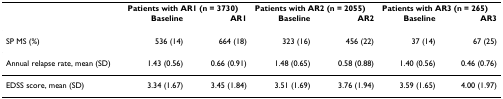
|  | <COLSPAN=2> Patients with AR1 (n = 3730) | <COLSPAN=2> Patients with AR2 (n = 2055) | <COLSPAN=2> Patients with AR3 (n = 265) |
 |  | Baseline | AR1 | Baseline | AR2 | Baseline | AR3 |
 | --- | --- | --- | --- | --- | --- | --- |
 | SP MS (%) | 536 (14) | 664 (18) | 323 (16) | 456 (22) | 37 (14) | 67 (25) |
 | Annual relapse rate, mean (SD) | 1.43 (0.56) | 0.66 (0.91) | 1.48 (0.65) | 0.58 (0.88) | 1.40 (0.56) | 0.46 (0.76) |
 | EDSS score, mean (SD) | 3.34 (1.67) | 3.45 (1.84) | 3.51 (1.69) | 3.76 (1.94) | 3.59 (1.65) | 4.00 (1.97) |